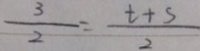
\frac { 3 } { 2 } = \frac { t + s } { 2 }